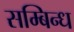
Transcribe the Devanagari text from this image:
सम्बिन्ध